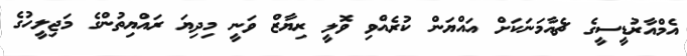
އެމްއާރުޑީސީގެ ޗެއާމަނަކަށް އައްޔަން ކުރެއްވި ވޮލީ ރިޔާޒް ވަނީ މިދިޔަ ރައްޔިތުންގެ މަޖިލީހުގެ